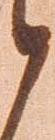
候